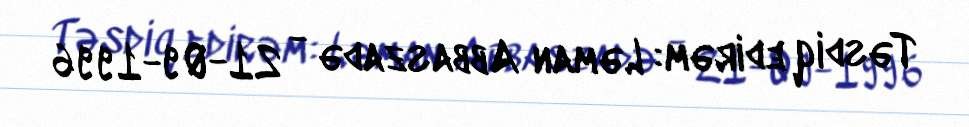
Təsdiq edirəm: Ləman Abbaszadə - 21-09-1996